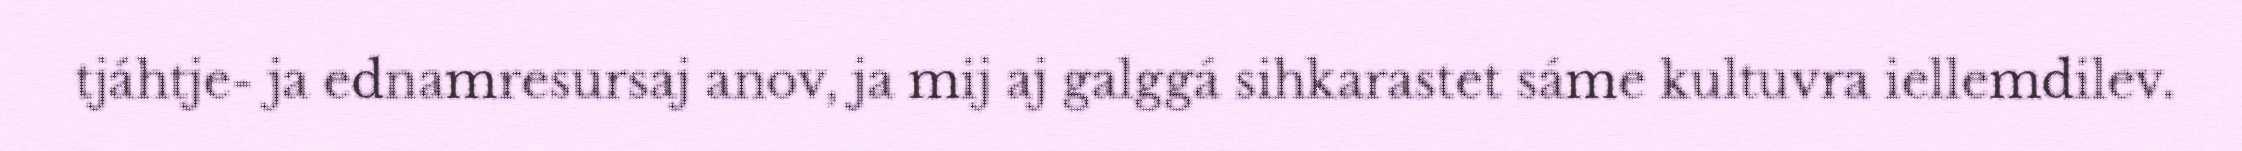
tjáhtje- ja ednamresursaj anov, ja mij aj galggá sihkarastet sáme kultuvra iellemdilev.